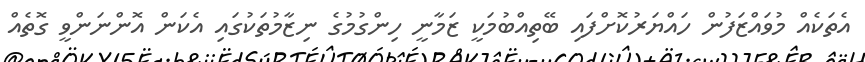
އެތަކެއް މުވައްޒަފުން ހައްޔަރުކޮށްފައި ބޭތިއްބުމަކީ ޒަމާނީ ހިންގުމުގެ ނިޒާމުތަކުގައި އެކަން އޮންނަންވީ ގޮތެއް